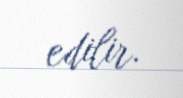
edilir.